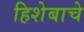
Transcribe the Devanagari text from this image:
हिशेबाचे